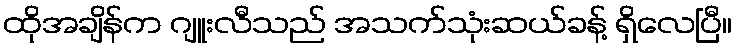
ထိုအချိန်က ဂျူးလီသည် အသက်သုံးဆယ်ခန့် ရှိလေပြီ။